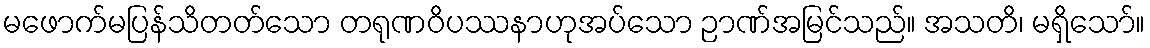
မဖောက်မပြန်သိတတ်သော တရုဏဝိပဿနာဟုအပ်သော ဉာဏ်အမြင်သည်။ အသတိ၊ မရှိသော်။